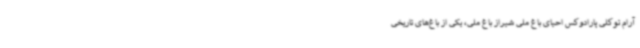
آرام توکلی پارادوکس احیای باغ ملی شیراز باغ ملی، یکی از باغ‌های تاریخی